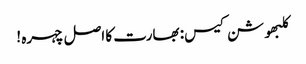
کلبھوشن کیس: بھارت کا اصل چہرہ !